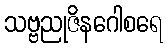
သဗ္ဗညုဇိနဂေါစရေ